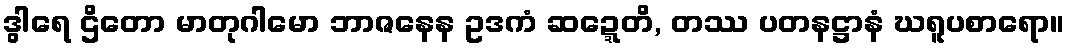
ဒွါရေ ဌိတော မာတုဂါမော ဘာဇနေန ဥဒကံ ဆဍ္ဍေတိ, တဿ ပတနဋ္ဌာနံ ဃရူပစာရော။